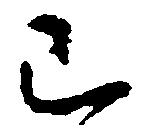
已